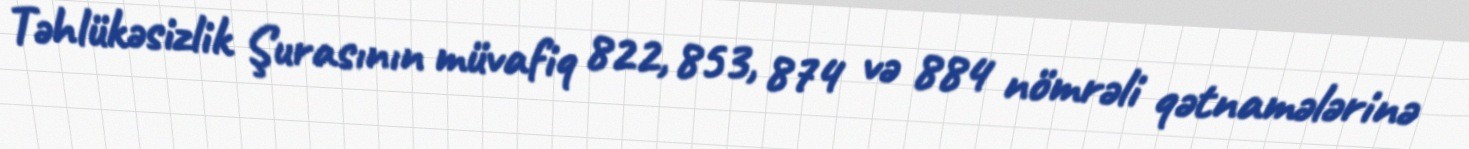
Təhlükəsizlik Şurasının müvafiq 822, 853, 874 və 884 nömrəli qətnamələrinə